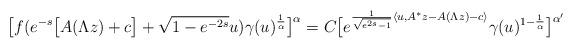
LaTeX: \begin{align*}\big[ f( e^{-s} \big[ A(\Lambda z) + c \big] + \sqrt{1-e^{-2s}} u ) \gamma(u)^\frac1\alpha \big]^\alpha=C\big[ e^{ \frac{1}{\sqrt{e^{2s}-1}} \langle u, A^*z - A(\Lambda z) - c \rangle }\gamma(u)^{1-\frac1\alpha} \big]^{\alpha'} \end{align*}